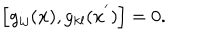
LaTeX: \left[ g _ { i j } ( { \bf x } ) , g _ { k l } ( { \bf x } ^ { ' } ) \right] = 0 .